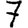
Digit: 7